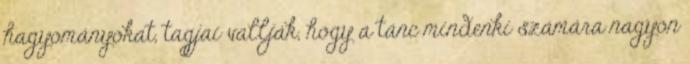
hagyományokat, tagjai vallják, hogy a tánc mindenki számára nagyon